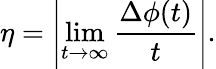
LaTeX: \eta=\left|\operatorname*{lim}_{t\rightarrow\infty}\frac{\Delta\phi(t)}{t}\right|.